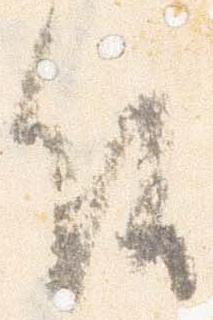
候